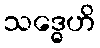
သဒ္ဓေဟိ